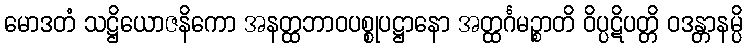
မောဒတံ သဋ္ဌိယောဇနိကော အနတ္ထဘာဝပစ္စုပဋ္ဌာနော အတ္ထင်္ဂမဉ္စာတိ ဝိပ္ပဋိပတ္တိ ဝဒန္တာနမ္ပိ